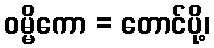
ဝမ္မိကော = တောင်ပို့၊